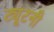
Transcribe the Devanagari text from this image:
ट्यूटनी